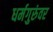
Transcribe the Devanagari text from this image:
धर्मगुरुंवर